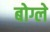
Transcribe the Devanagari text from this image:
बोग्ले